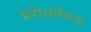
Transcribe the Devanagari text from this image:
मेरीसोफिया